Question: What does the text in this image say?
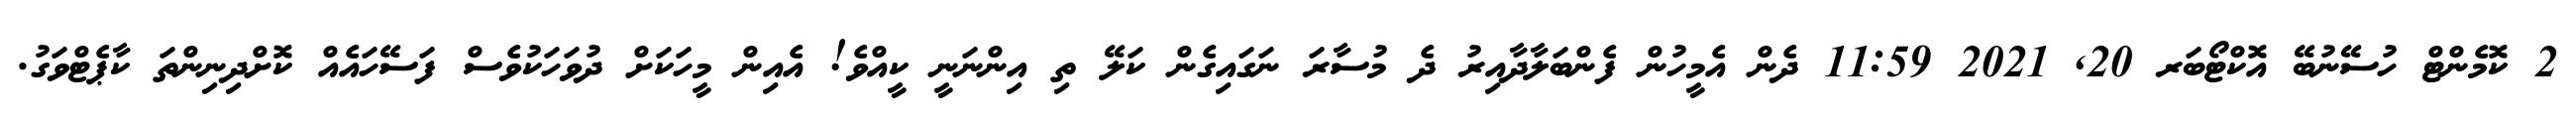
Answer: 2 ކޮމެންޓް ހުސޭނުބޭ އޮކްޓޯބަރ 20, 2021 11:59 ދެން އެމީހުން ފެންބަލާދާއިރު ދެ މުސާރަ ނަގައިގެން ކަލޭ ތި އިންނަނީ ކީއްވެ! އެއިން މީހަކަށް ދުވަހަކުވެސް ފަސޭހައެއް ކޮށްދިނިންތަ ކާޕެޓްވަގު.